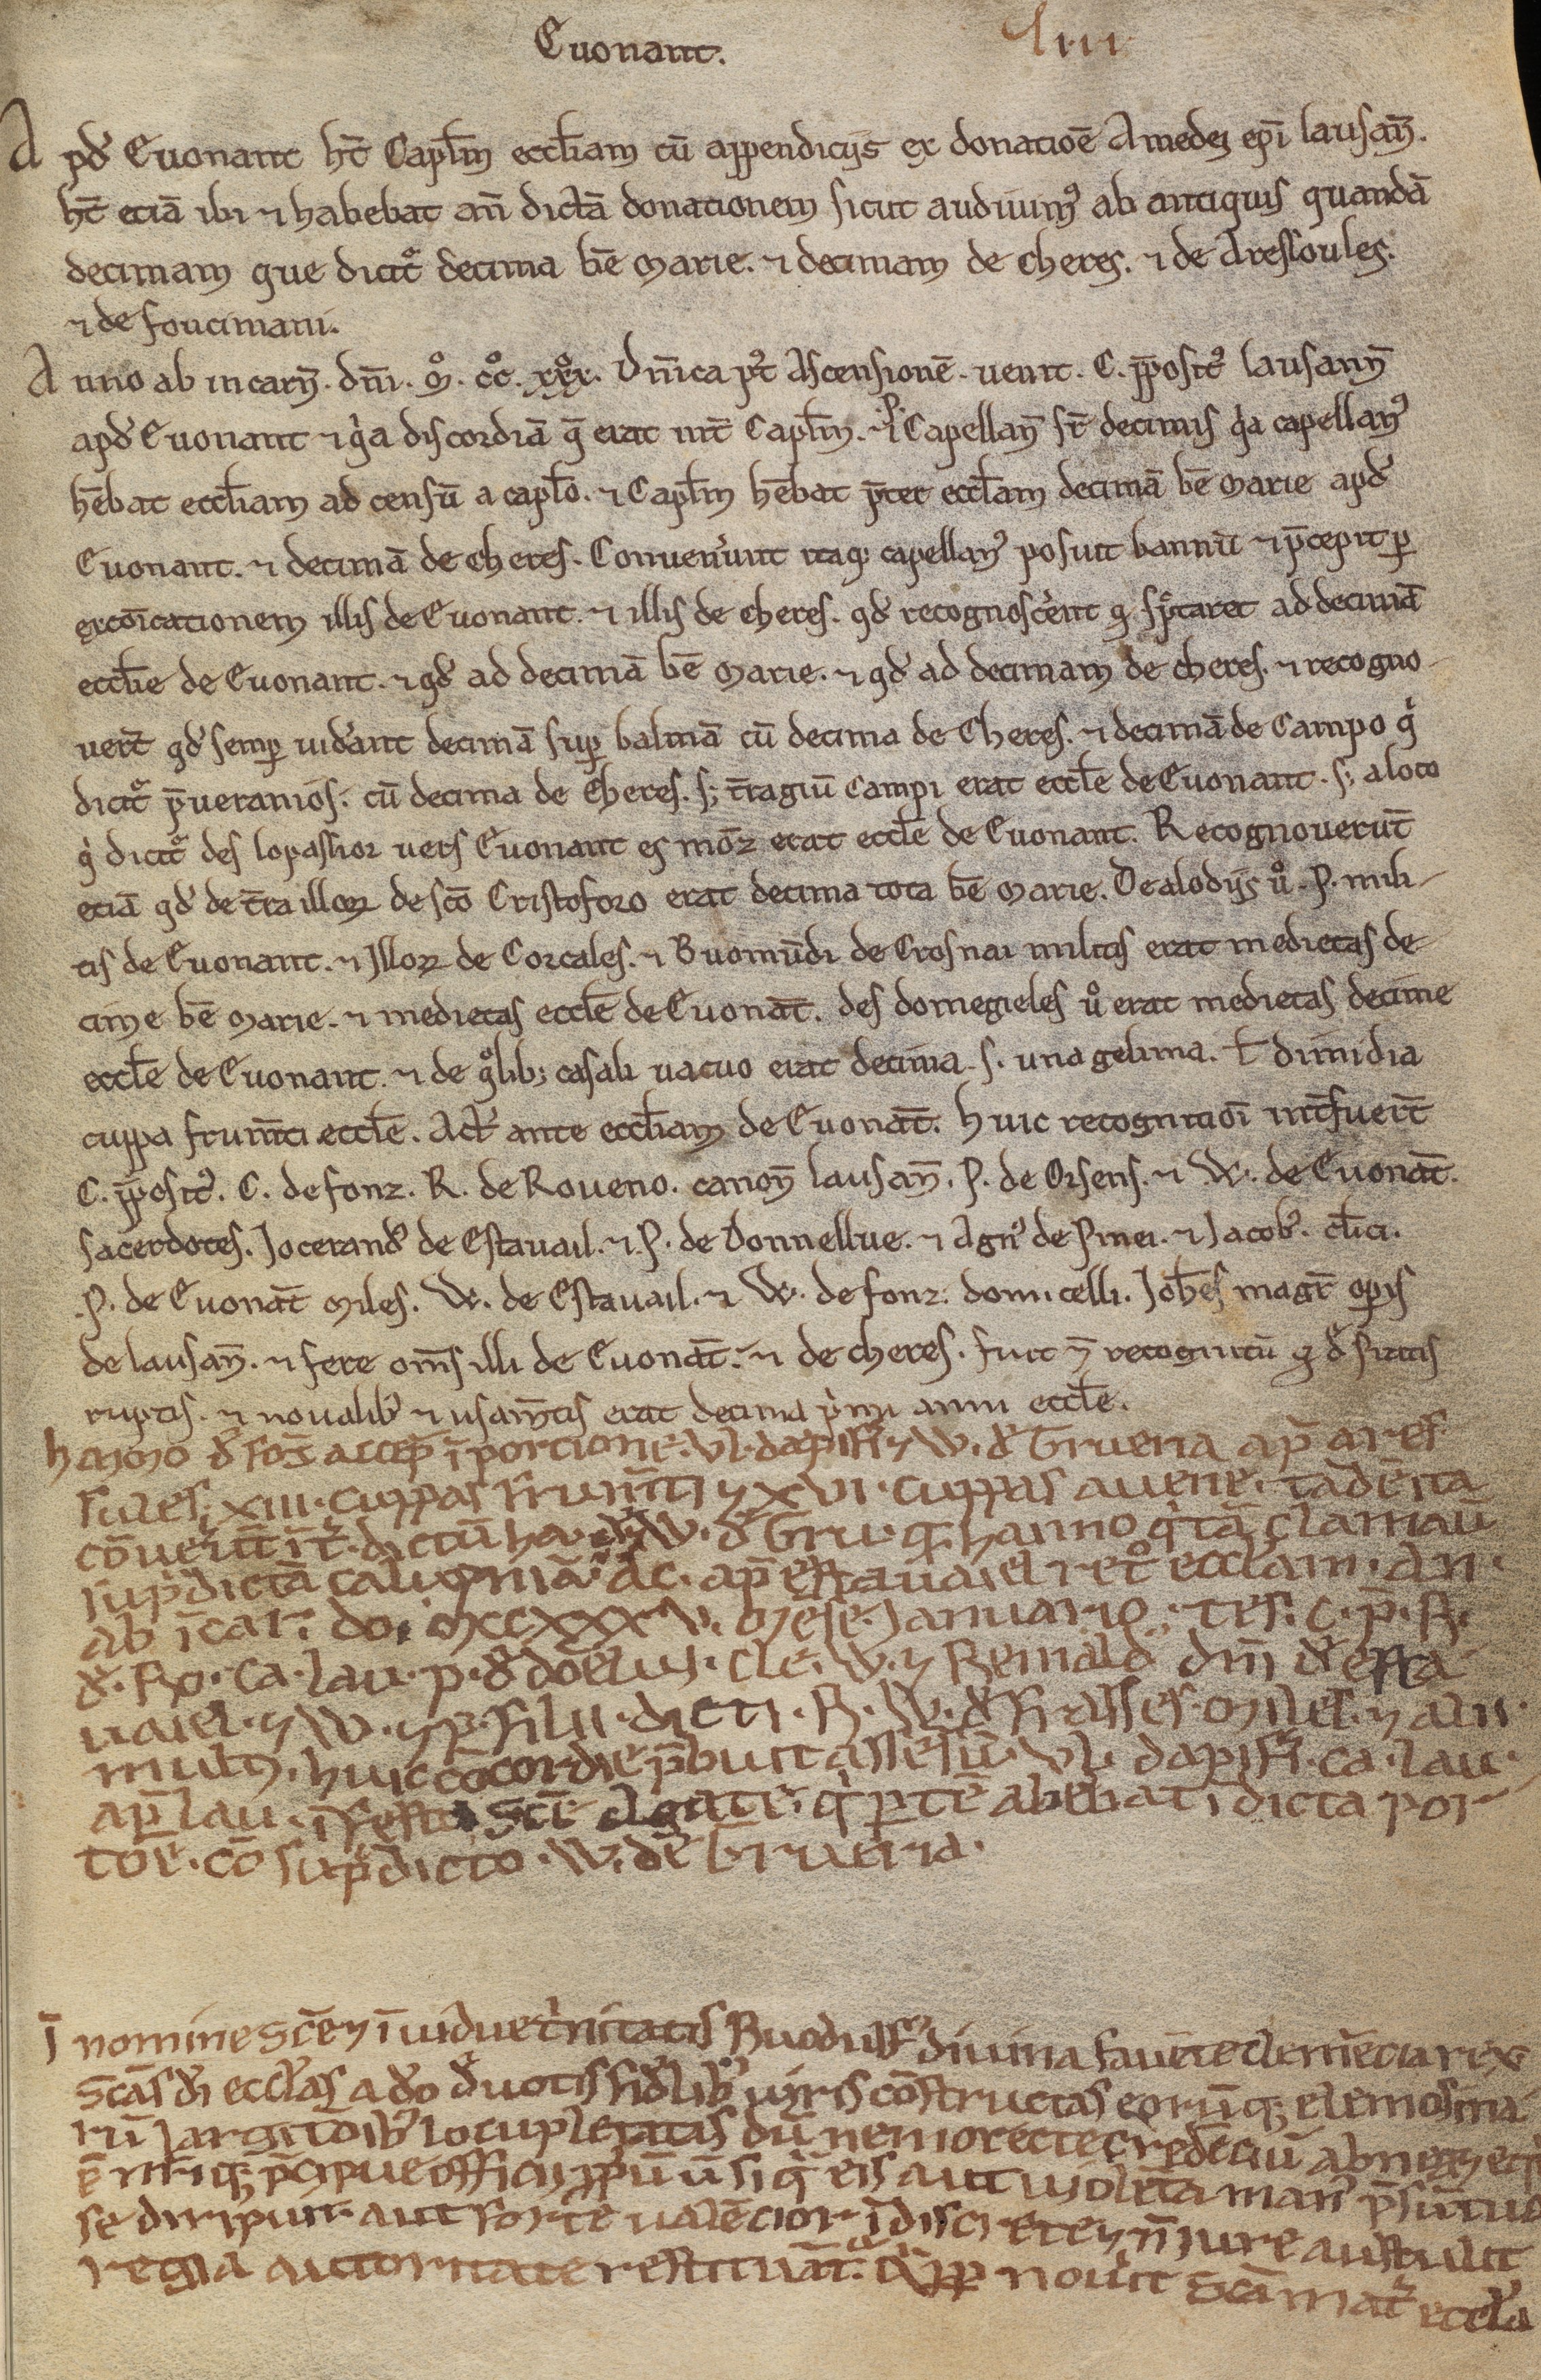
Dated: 1188–1257